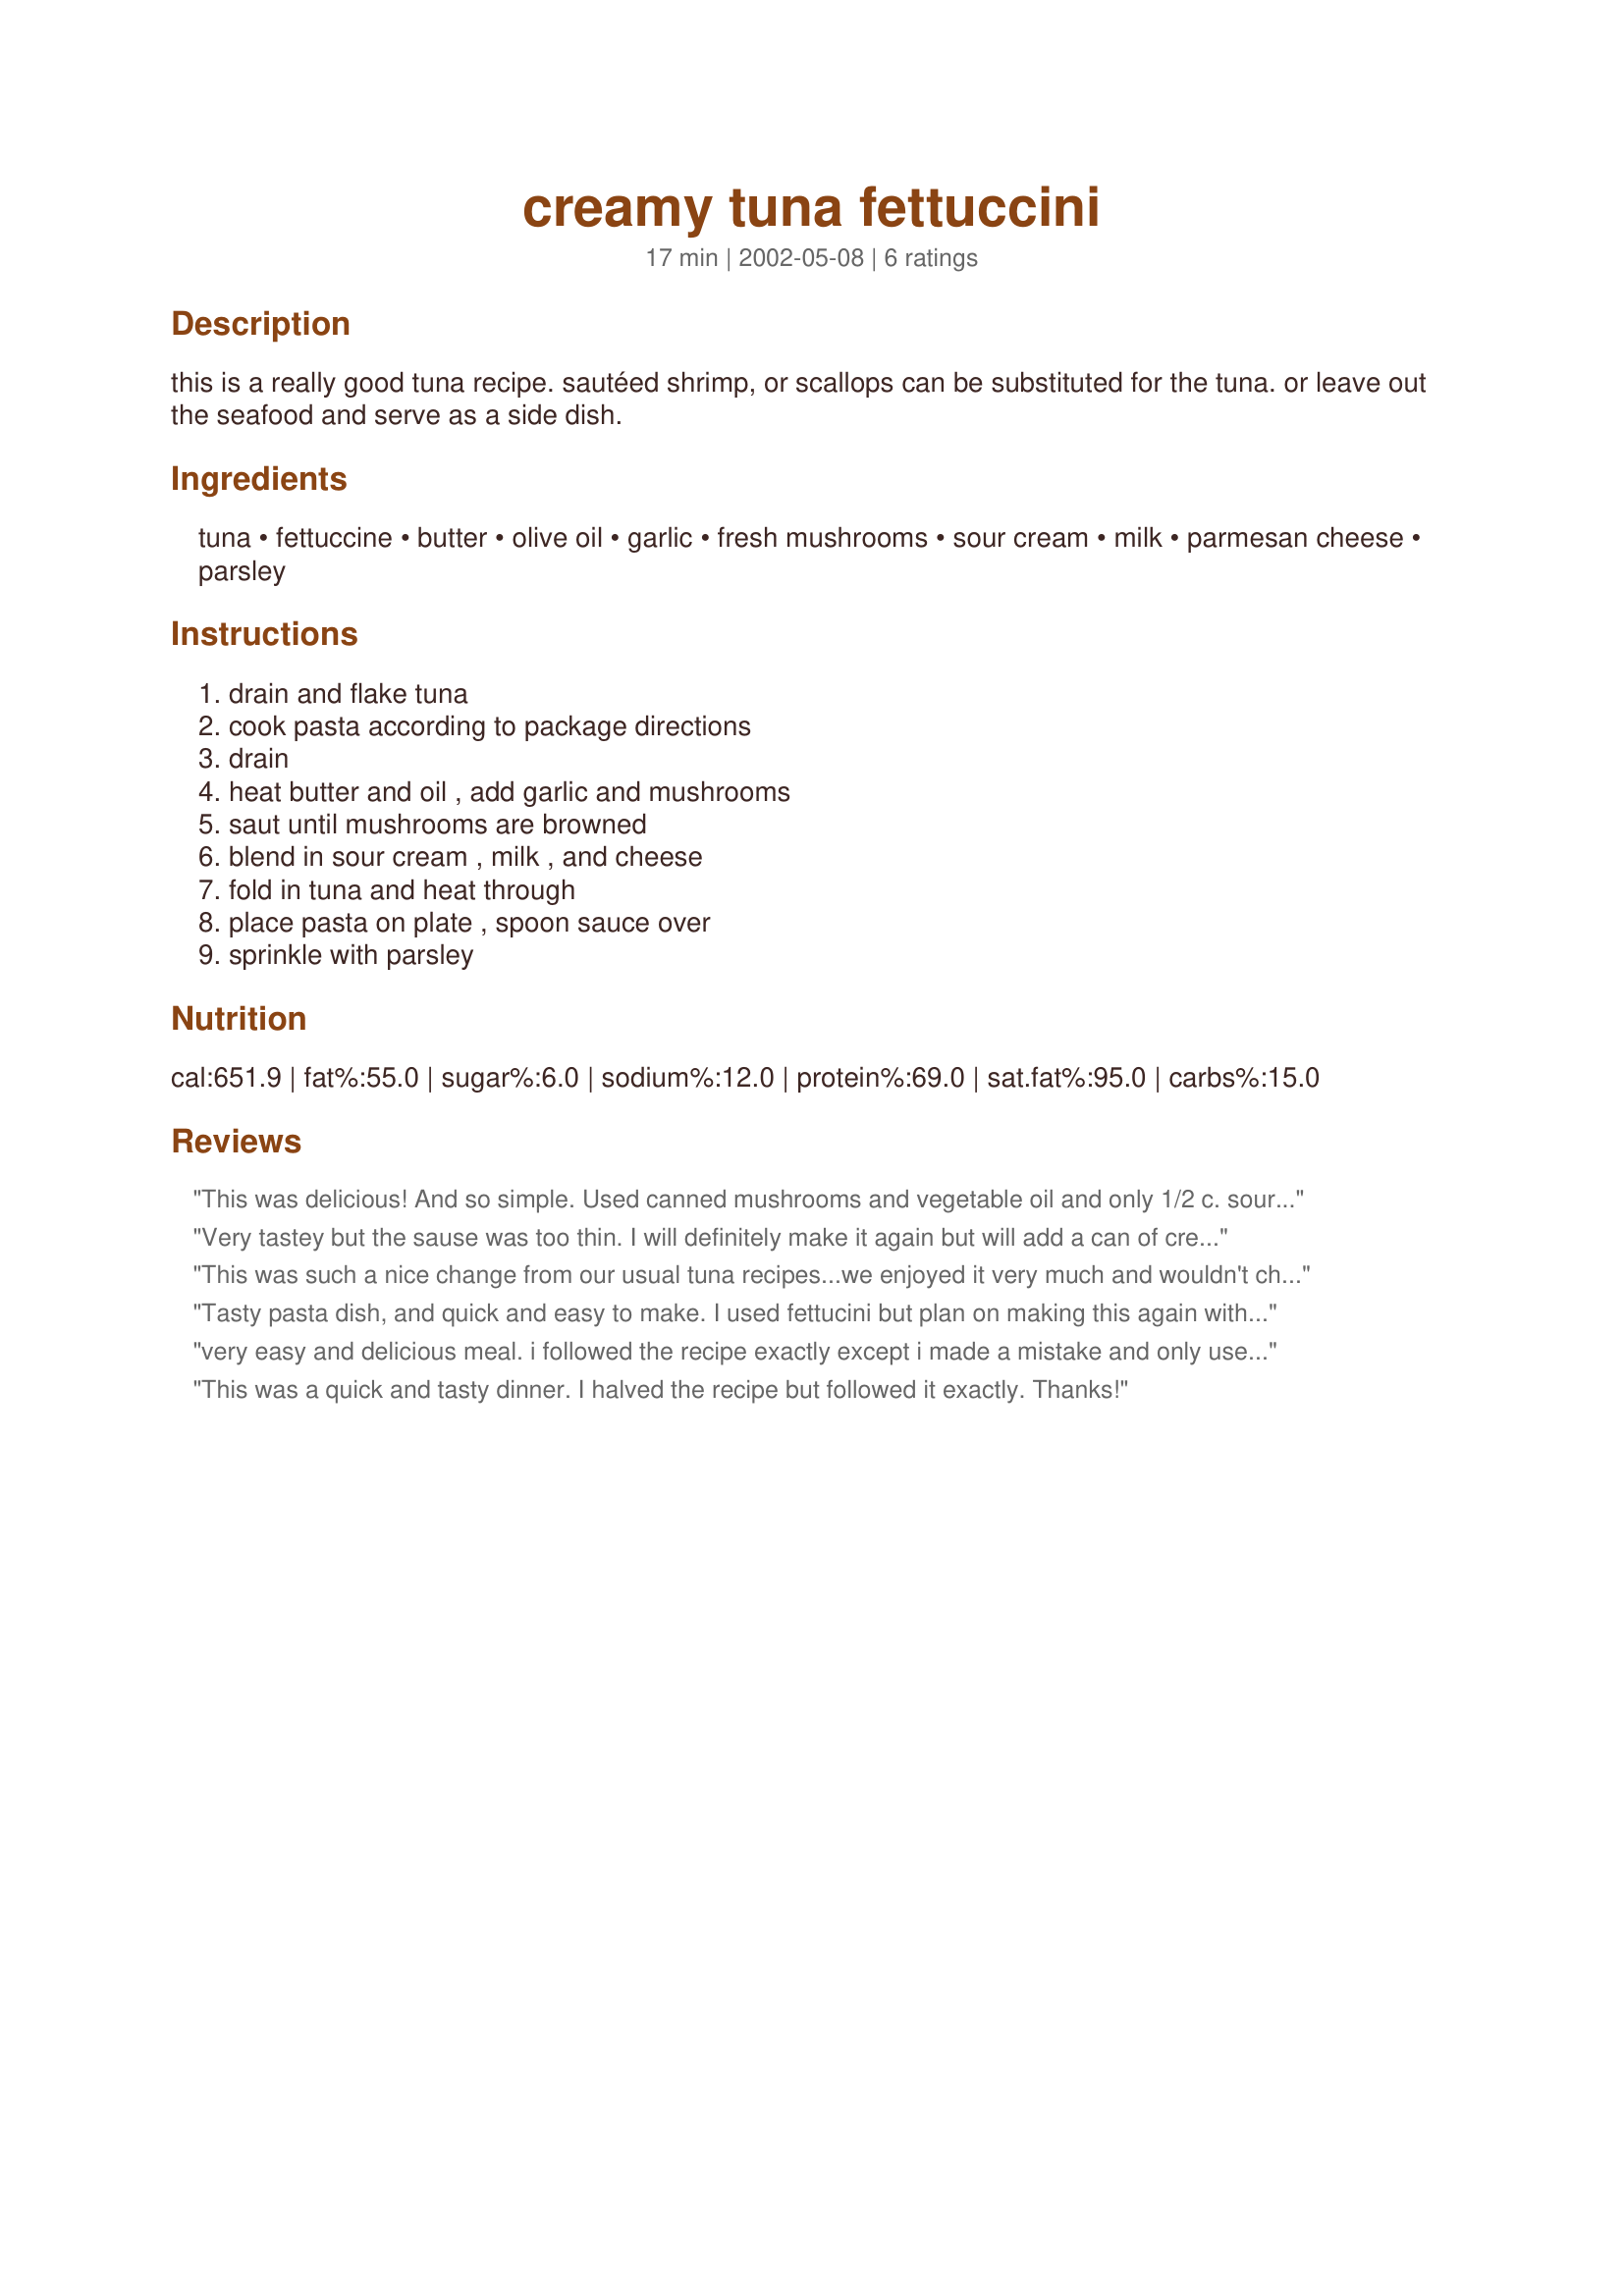
creamy tuna fettuccini
Preparation time: 17 minutes

this is a really good tuna recipe. sautéed shrimp, or scallops can be substituted for the tuna. or leave out the seafood and serve as a side dish.

Ingredients:
tuna, fettuccine, butter, olive oil, garlic, fresh mushrooms, sour cream, milk, parmesan cheese, parsley

Steps:
drain and flake tuna, cook pasta according to package directions, drain, heat butter and oil , add garlic and mushrooms, saut until mushrooms are browned, blend in sour cream , milk , and cheese, fold in tuna and heat through, place pasta on plate , spoon sauce over, sprinkle with parsley

Reviews:
This was delicious! And so simple. Used canned mushrooms and vegetable oil and only 1/2 c. sour cream (all that was left), but it was very good anyway. Definitely a do-over.
Very tastey but the sause was too thin. I will definitely make it again but will add a can of cream of mushroom soup instead of the milk to thicken the sause.
This was such a nice change from our usual tuna recipes...we enjoyed it very much and wouldn't change a thing... will definitely make it again...Thank you for submitting it MizzNezz
Tasty pasta dish, and quick and easy to make. I used fettucini but plan on making this again with penne or farfalle.
I used whole fat sour cream this time but am going to give it a go using lite sour cream.
very easy and delicious meal. i followed the recipe exactly except i made a mistake and only used one can of tuna....but it was still great. i didnt have time to sautee everything so i threw the mushrooms, garlic, olive oil,tuna and butter into my slow cooker and sauteed them that way while the pasta cooked so i didnt have to watch over them. then when the pasta was just about done i threw in the sour cream,cheese and milk and let it meld together. it was very creamy but light; not too heavy like many cream dishes are. thanks for the tasty recipe. will make this again trying different seafood!
This was a quick and tasty dinner. I halved the recipe but followed it exactly. Thanks!
